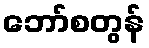
ဘော်စတွန်